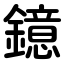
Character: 鐿